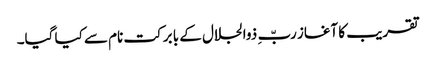
تقریب کا آغاز ربّ ِ ذوالجلال کے با برکت نام سے کیا گیا۔